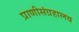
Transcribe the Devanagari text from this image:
प्राणीसंग्रहालय